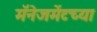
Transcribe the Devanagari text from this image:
मॅनेजमेंटच्या